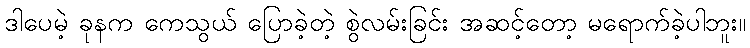
ဒါပေမဲ့ ခုနက ကေသွယ် ပြောခဲ့တဲ့ စွဲလမ်းခြင်း အဆင့်တော့ မရောက်ခဲ့ပါဘူး။